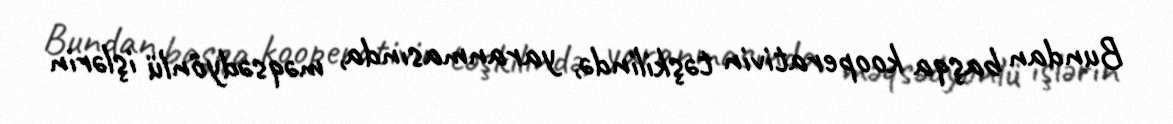
Bundan başqa kooperativin təşkilində, yaranmasında, məqsədyönlü işlərin